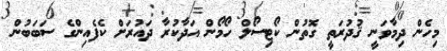
މިހެން ދިމާވަނީ ޤުދުރަތީ ގޮތުން ކޯޓިސޯލް ހޯމޯން އަދާކުރާ ދައުރަށް ކެފެއިންގެ ސަބަބުން